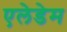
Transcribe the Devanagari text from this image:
एलेडेम